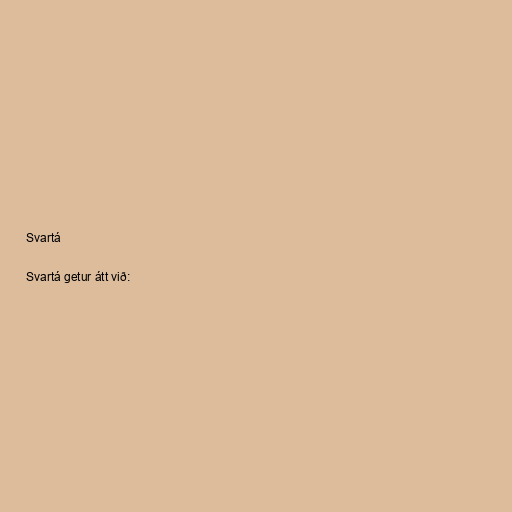
Svartá

Svartá getur átt við: